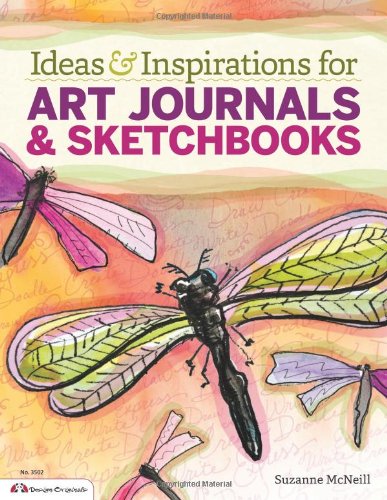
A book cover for Ideas & Inspirations for Art Journals & Sketchbooks; Suzanne McNeill; Crafts, Hobbies & Home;